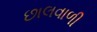
છાલવાળી